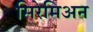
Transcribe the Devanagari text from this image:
सिरेमिअन